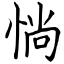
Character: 惝